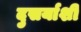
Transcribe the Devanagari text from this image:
दुसर्याशी